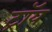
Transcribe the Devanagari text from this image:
ट्राॅय